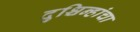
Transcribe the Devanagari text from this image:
दुश्चिन्हांचा